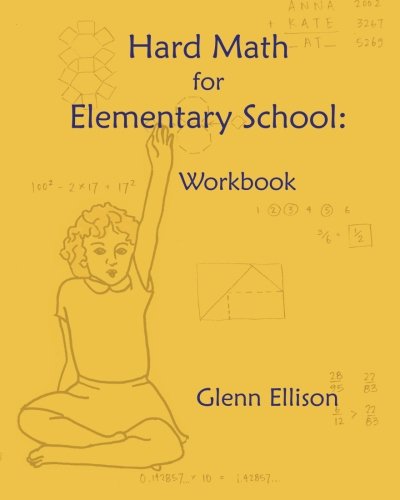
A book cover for Hard Math for Elementary School: Workbook; Glenn Ellison; Science & Math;